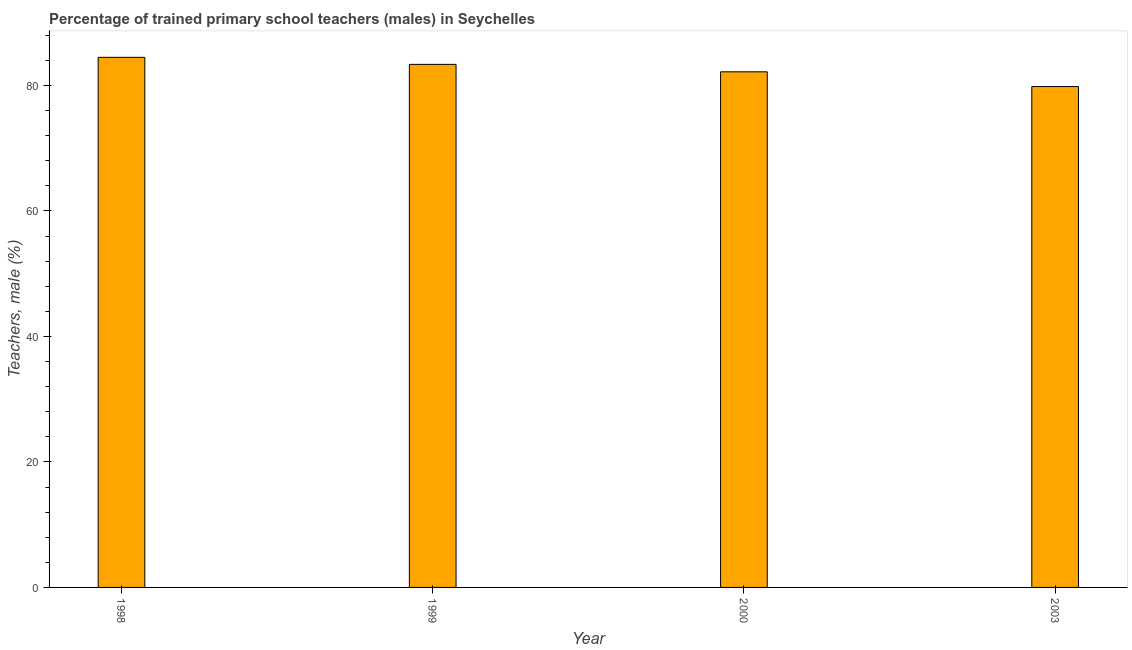
| Year | Trained teachers male |
 | --- | --- |
 | 1998 | 84.5 |
 | 1999 | 83.4 |
 | 2000 | 82.2 |
 | 2003 | 79.8 |